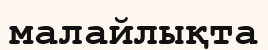
малайлықта